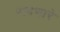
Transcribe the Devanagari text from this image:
रावणारे